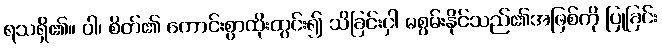
ရသရှိ၏။ ဝါ၊ စိတ်၏ ကောင်းစွာထိုးထွင်း၍ သိခြင်းငှါ မစွမ်းနိုင်သည်၏အဖြစ်ကို ပြုခြင်း